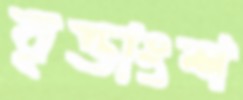
বৃত্তাংশ